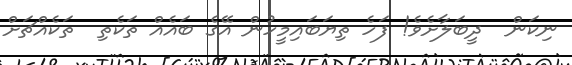
ނިކަން  ދީބަލާށެވެ! ފަހެ ތިޔަބައިމީހުން އޭގެ ބައެއް ތަކެތި  ތަކެއްޗަށް